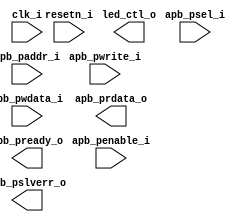
/*******************************************************************************
    Verilog netlist generated by IPGEN Lattice Propel (64-bit)
    2.0.2104292220
    Soft IP Version: 1.4
    2021 06 11 12:51:15
*******************************************************************************/
/*******************************************************************************
    Wrapper Module generated per user settings.
*******************************************************************************/
module WS2812 (clk_i, resetn_i, led_ctl_o, apb_penable_i, apb_psel_i,
    apb_pwrite_i, apb_paddr_i, apb_pwdata_i, apb_prdata_o, apb_pslverr_o,
    apb_pready_o)/* synthesis syn_black_box syn_declare_black_box=1 */;
    input  clk_i;
    input  resetn_i;
    output  led_ctl_o;
    input  apb_penable_i;
    input  apb_psel_i;
    input  apb_pwrite_i;
    input  [5:0]  apb_paddr_i;
    input  [31:0]  apb_pwdata_i;
    output  [31:0]  apb_prdata_o;
    output  apb_pslverr_o;
    output  apb_pready_o;
endmodule